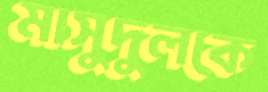
মাসুদুলকে